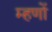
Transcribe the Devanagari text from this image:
म्हणों